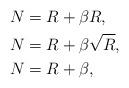
LaTeX: \begin{align*} &N = R + \beta R, \\ &N = R + \beta \sqrt{R}, \\ & N = R + \beta,\end{align*}